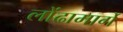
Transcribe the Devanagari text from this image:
लोंढामार्गे